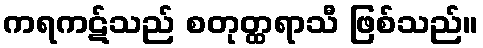
ကရကဋ်သည် စတုတ္ထရာသီ ဖြစ်သည်။